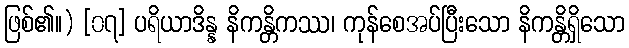
ဖြစ်၏။) [၀၇] ပရိယာဒိန္န နိကန္တိကဿ၊ ကုန်စေအပ်ပြီးသော နိကန္တိရှိသော